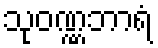
သုဝဏ္ဏဘာရံ